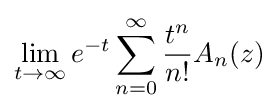
\lim _{t\rightarrow \infty }e^{-t}\sum _{n=0}^{\infty }{\frac {t^{n}}{n!}}A_{n}(z)